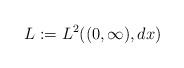
LaTeX: \begin{align*}L := L^2((0,\infty),dx)\end{align*}